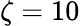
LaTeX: \zeta=10